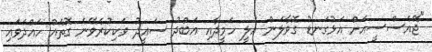
"ޖޭއެސްސީއަށް އަޅުގަނޑު ގޮވާލަން އަލީ ހަމީދާއި އަބްދު ސައީދު ވަކިކުރެވޭނެ ގޮތެއް ހައްދަވައި